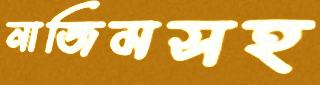
নাজিমসহ